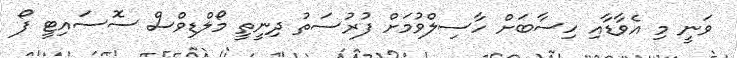
ވަނީ މި އެވާޑާއި ހިސާބަށް ހާސިލްވުމަށް ފުރުސަތު ދިނީތީ މޯލްޑިވްސް ސޮސައިޓީ ފޯ